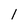
Character: 1